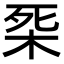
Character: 𣑘